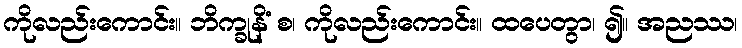
ကိုလည်းကောင်း။ ဘိက္ခုနိံ စ၊ ကိုလည်းကောင်း။ ထပေတွာ၊ ၍။ အညဿ၊